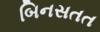
બિનસતત